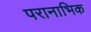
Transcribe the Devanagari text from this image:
परानाभिक